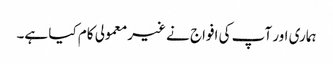
ہماری اور آپ کی افواج نے غیرمعمولی کام کیا ہے۔